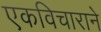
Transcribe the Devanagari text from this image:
एकविचाराने